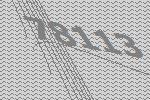
78113